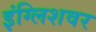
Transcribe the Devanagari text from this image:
इंग्लिशवर